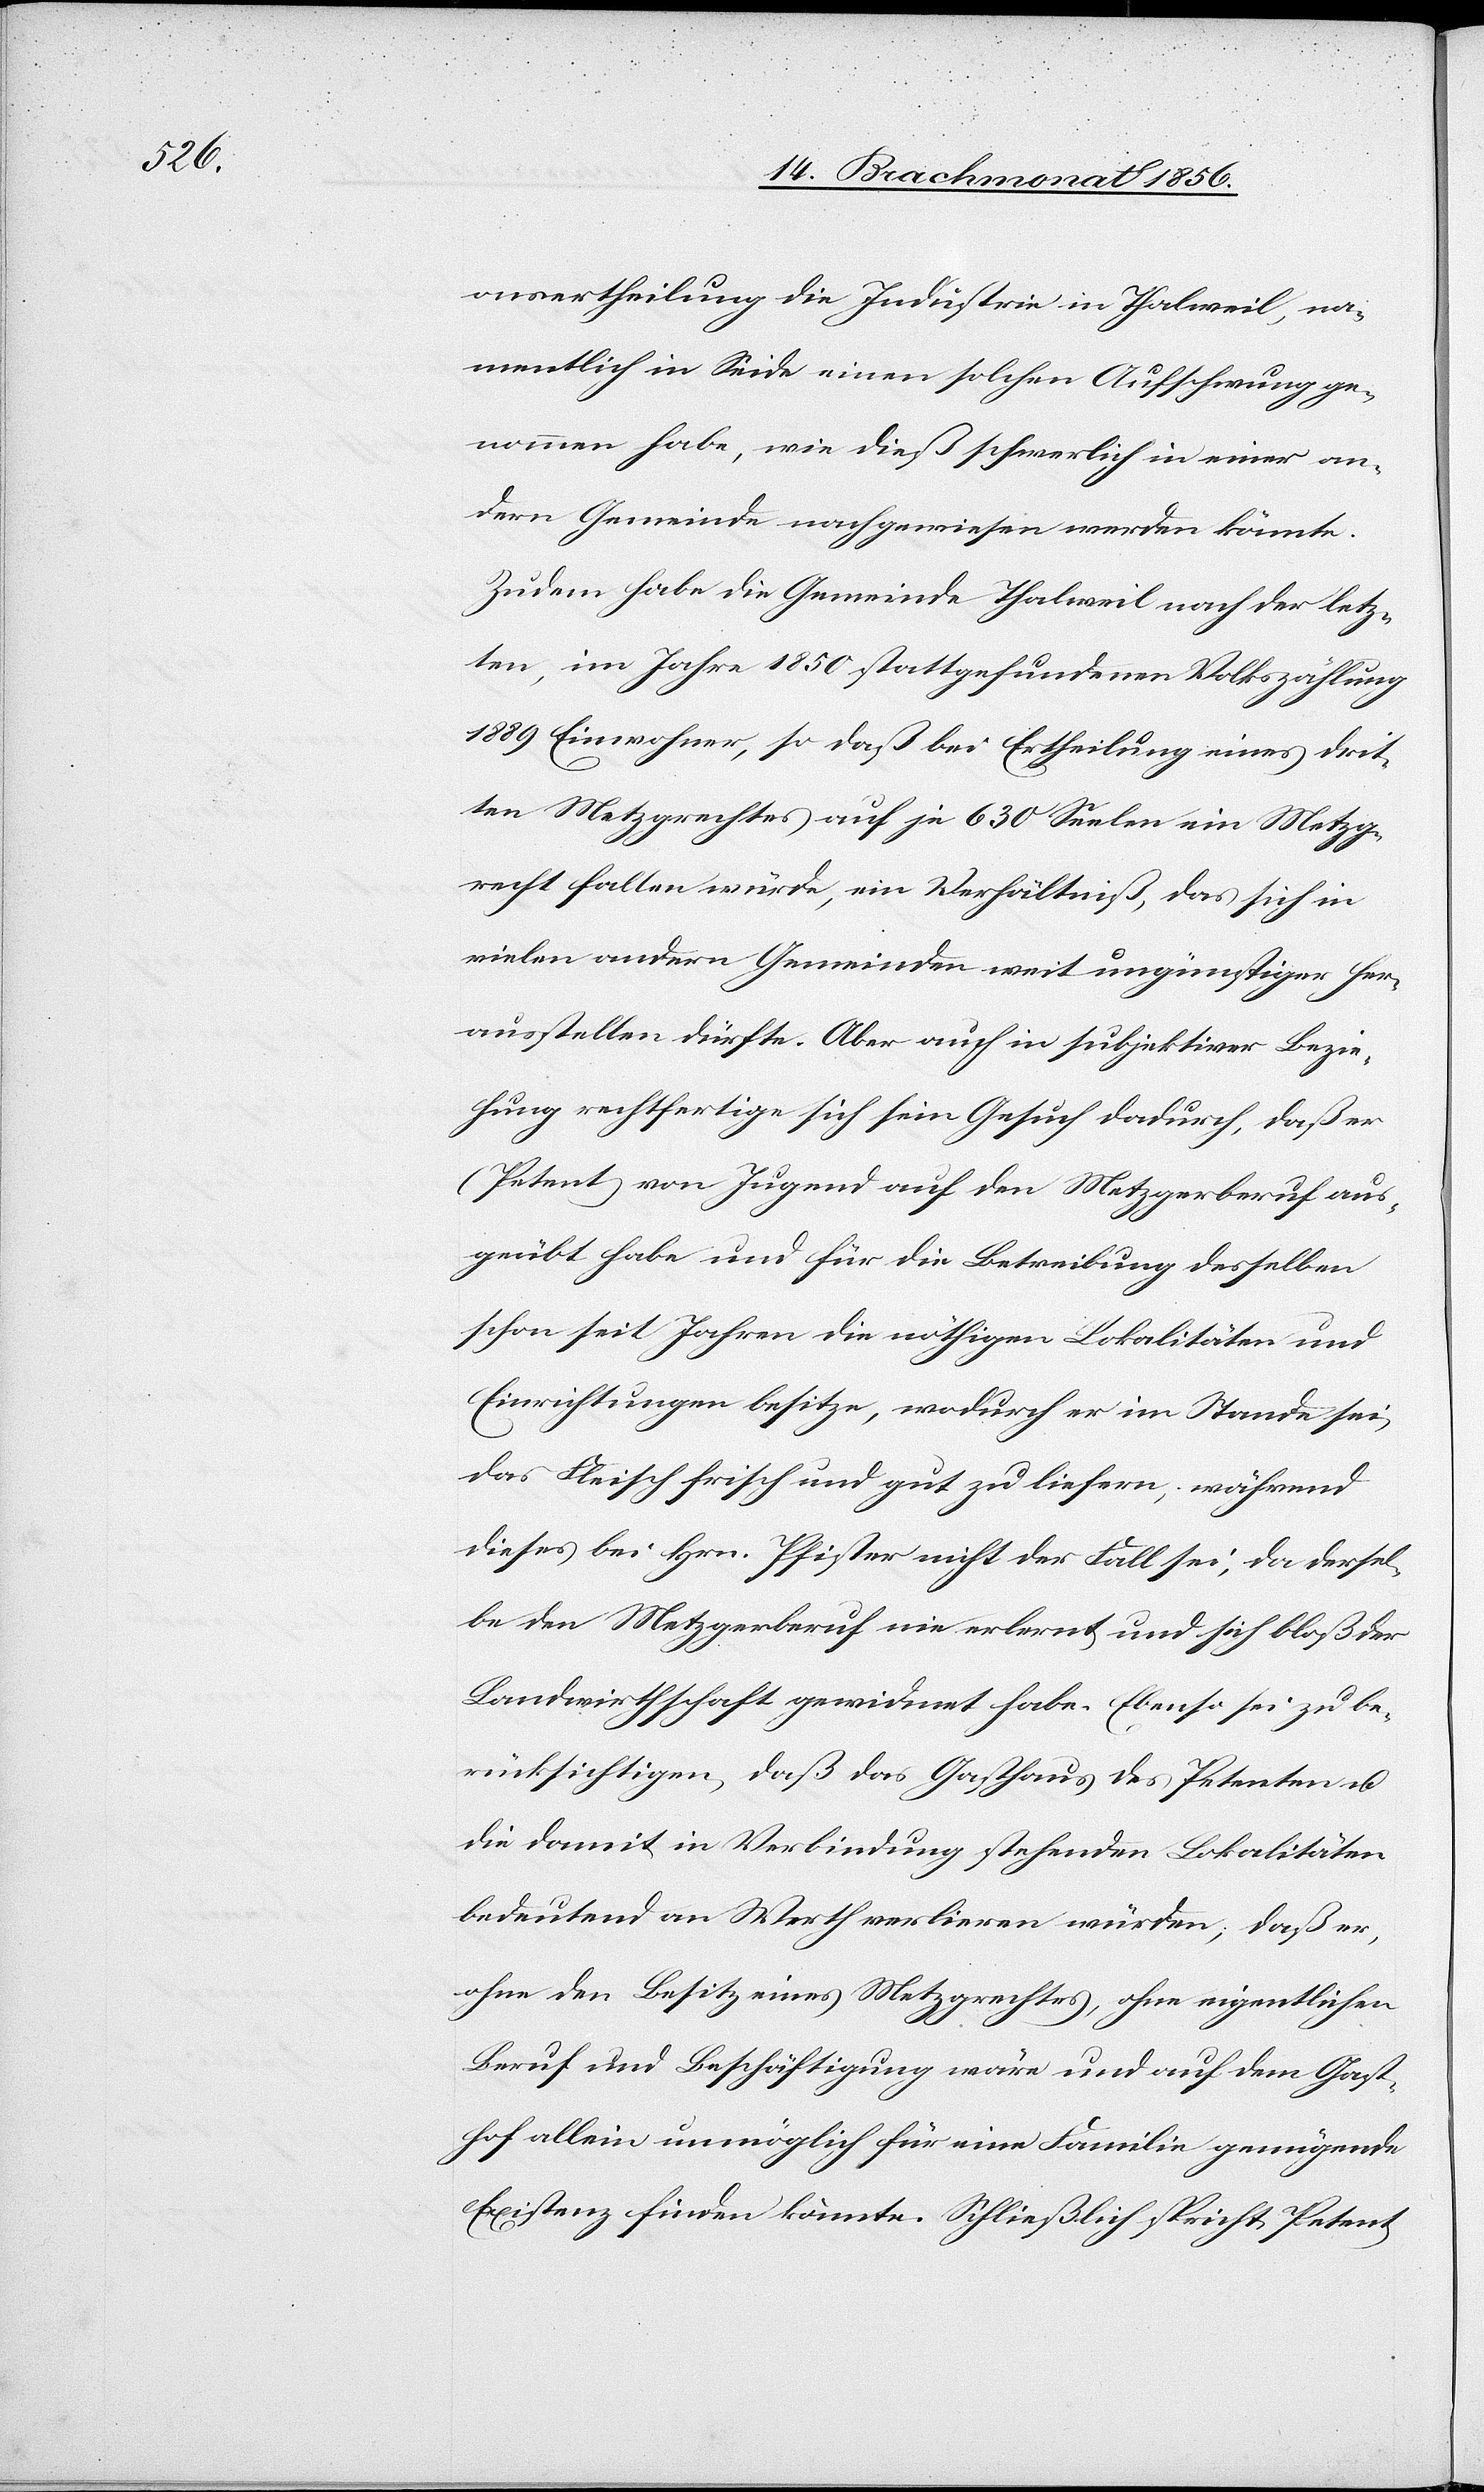
onsertheilung die Industrie in Thalweil, na¬
mentlich in Seide einen solchen Aufschwung ge¬
nommen habe, wie dieß schwerlich in einer an¬
dern Gemeinde nachgewiesen werden könnte.
Zudem habe die Gemeinde Thalweil nach der letz¬
ten, im Jahre 1850 stattgefundenen Volkszählung
1889 Einwohner, so daß bei Ertheilung eines drit¬
ten Metzgrechtes auf je 630 Seelen ein Metzg¬
recht fallen würde, ein Verhältniß, das sich in
vielen andern Gemeinden weit ungünstiger her¬
ausstellen dürfte. Aber auch in subjektiver Bezie¬
hung rechtfertige sich sein Gesuch dadurch, daß er
(Petent) von Jugend auf den Metzgerberuf aus¬
geübt habe und für die Betreibung desselben
schon seit Jahren die nöthigen Lokalitäten und
Einrichtungen besitze, wodurch er im Stande sei,
das Fleisch frisch und gut zu liefern, während
dieses bei Hrn. Pfister nicht der Fall sei, da dersel¬
be den Metzgerberuf nie erlernt und sich bloß der
Landwirthschaft gewidmet habe. Ebenso sei zu be¬
rücksichtigen, daß das Gasthaus des Petenten u.
die damit in Verbindung stehenden Lokalitäten
bedeutend an Werth verlieren würden; daß er,
ohne den Besitz eines Metzgrechtes, ohne eigentlichen
Beruf und Beschäftigung wäre und auf dem Gast¬
hof allein unmöglich für eine Familie genügende
Existenz finden könnte. Schließlich spricht Petent